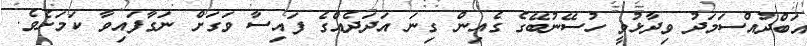
އަބްދުއްސަމަދު ވިދާޅުވީ ހުސޭނުބޭގެ ގެއިން ގިނަ އަދަދެއްގެ ފައިސާ ވަގަށް ނަގާފައިވާ ކަމަށެވެ.